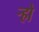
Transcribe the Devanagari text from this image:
ऱ्हो